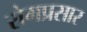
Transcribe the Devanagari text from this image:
रोगप्रसार